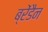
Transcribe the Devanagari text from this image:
ब्रेंडैन